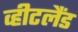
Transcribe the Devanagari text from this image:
व्हीटलैंड